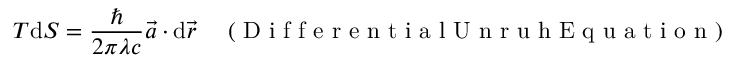
T \mathrm { d } S = \frac { \hbar } { 2 \pi \lambda c } \vec { a } \cdot \mathrm { d } \vec { r } \enspace \enspace \mathrm { ~ ( ~ D ~ i ~ f ~ f ~ e ~ r ~ e ~ n ~ t ~ i ~ a ~ l ~ U ~ n ~ r ~ u ~ h ~ E ~ q ~ u ~ a ~ t ~ i ~ o ~ n ~ ) ~ }